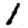
Digit: 1